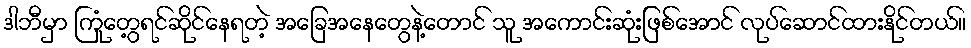
ဒါဘီမှာ ကြုံတွေ့ရင်ဆိုင်နေရတဲ့ အခြေအနေတွေနဲ့တောင် သူ အကောင်းဆုံးဖြစ်အောင် လုပ်ဆောင်ထားနိုင်တယ်။